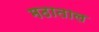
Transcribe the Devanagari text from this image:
मठाताल